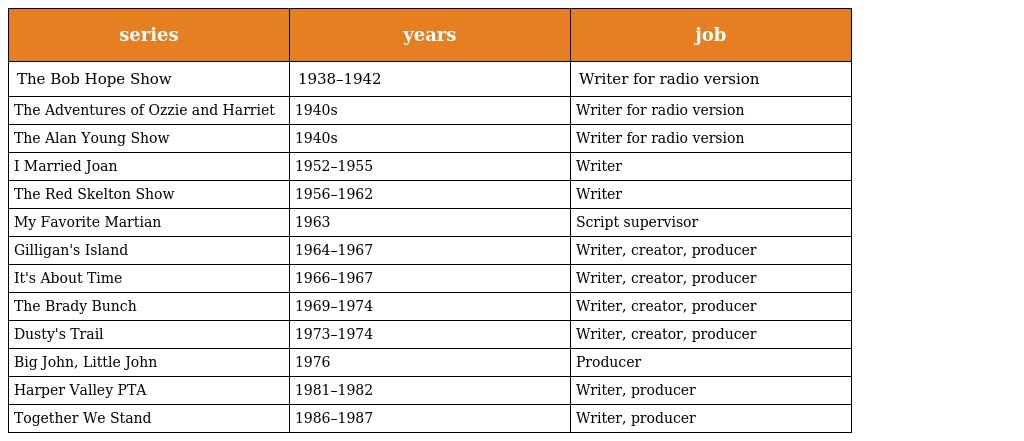
| series | years | job |
 | --- | --- | --- |
 | The Bob Hope Show | 1938–1942 | Writer for radio version |
 | The Adventures of Ozzie and Harriet | 1940s | Writer for radio version |
 | The Alan Young Show | 1940s | Writer for radio version |
 | I Married Joan | 1952–1955 | Writer |
 | The Red Skelton Show | 1956–1962 | Writer |
 | My Favorite Martian | 1963 | Script supervisor |
 | Gilligan's Island | 1964–1967 | Writer, creator, producer |
 | It's About Time | 1966–1967 | Writer, creator, producer |
 | The Brady Bunch | 1969–1974 | Writer, creator, producer |
 | Dusty's Trail | 1973–1974 | Writer, creator, producer |
 | Big John, Little John | 1976 | Producer |
 | Harper Valley PTA | 1981–1982 | Writer, producer |
 | Together We Stand | 1986–1987 | Writer, producer |